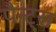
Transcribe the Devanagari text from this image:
पैन्ट्स